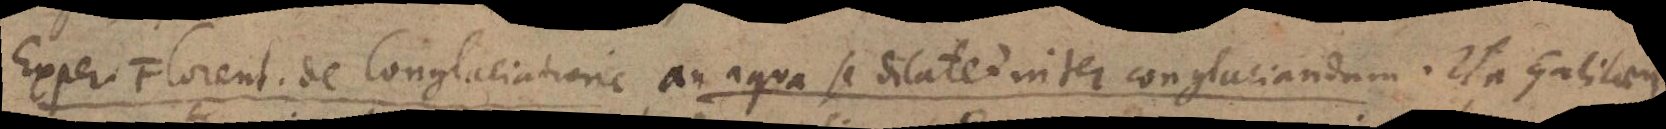
Exper. Florent. de Conglaciatione an aqua se dilatet inter conglaciandum. Ita Galilaeus